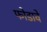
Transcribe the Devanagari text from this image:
फोडावे